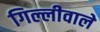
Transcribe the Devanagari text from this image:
गिल्लीवाले